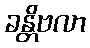
ခန္တိဗလာ